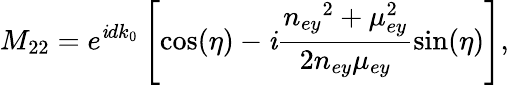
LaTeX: M_{22}=e^{\mathit{i}dk_{0}}\left[\cos(\eta)-\mathit{i}\frac{{n_{ey}{}^{2}+\mu_{ey}^{2}}}{{2n_{ey}\mu_{ey}}}\sin(\eta)\right],